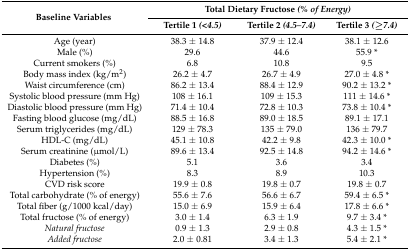
| <ROWSPAN=2> Baseline Variables | <COLSPAN=3> Total Dietary Fructose (% of Energy) |
 | Tertile 1 (<4.5) | Tertile 2 (4.5–7.4) | Tertile 3 (≥7.4) |
 | --- | --- | --- | --- |
 | Age (year) | 38.3 ± 14.8 | 37.9 ± 12.4 | 38.1 ± 12.6 |
 | Male (%) | 29.6 | 44.6 | 55.9 * |
 | Current smokers (%) | 6.8 | 10.8 | 9.5 |
 | Body mass index (kg/m2) | 26.2 ± 4.7 | 26.7 ± 4.9 | 27.0 ± 4.8 * |
 | Waist circumference (cm) | 86.2 ± 13.4 | 88.4 ± 12.9 | 90.2 ± 13.2 * |
 | Systolic blood pressure (mm Hg) | 108 ± 16.1 | 109 ± 15.3 | 111 ± 14.6 * |
 | Diastolic blood pressure (mm Hg) | 71.4 ± 10.4 | 72.8 ± 10.3 | 73.8 ± 10.4 * |
 | Fasting blood glucose (mg/dL) | 88.5 ± 16.8 | 89.0 ± 18.5 | 89.1 ± 17.1 |
 | Serum triglycerides (mg/dL) | 129 ± 78.3 | 135 ± 79.0 | 136 ± 79.7 |
 | HDL-C (mg/dL) | 45.1 ± 10.8 | 42.2 ± 9.8 | 42.3 ± 10.0 * |
 | Serum creatinine (μmol/L) | 89.6 ± 13.4 | 92.5 ± 14.8 | 94.2 ± 14.6 * |
 | Diabetes (%) | 5.1 | 3.6 | 3.4 |
 | Hypertension (%) | 8.3 | 8.9 | 10.3 |
 | CVD risk score | 19.9 ± 0.8 | 19.8 ± 0.7 | 19.8 ± 0.7 |
 | Total carbohydrate (% of energy) | 55.6 ± 7.6 | 56.6 ± 6.7 | 59.4 ± 6.5 * |
 | Total fiber (g/1000 kcal/day) | 15.0 ± 6.9 | 15.9 ± 6.4 | 17.8 ± 6.6 * |
 | Total fructose (% of energy) | 3.0 ± 1.4 | 6.3 ± 1.9 | 9.7 ± 3.4 * |
 | Natural fructose | 0.9 ± 1.3 | 2.9 ± 0.8 | 4.3 ± 1.5 * |
 | Added fructose | 2.0 ± 0.81 | 3.4 ± 1.3 | 5.4 ± 2.1 * |